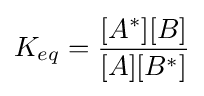
K_{eq}={\frac {[A^{*}][B]}{[A][B^{*}]}}